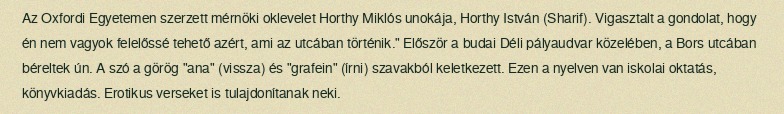
Az Oxfordi Egyetemen szerzett mérnöki oklevelet Horthy Miklós unokája, Horthy István (Sharif). Vigasztalt a gondolat, hogy én nem vagyok felelőssé tehető azért, ami az utcában történik." Először a budai Déli pályaudvar közelében, a Bors utcában béreltek ún. A szó a görög "ana" (vissza) és "grafein" (írni) szavakból keletkezett. Ezen a nyelven van iskolai oktatás, könyvkiadás. Erotikus verseket is tulajdonítanak neki.